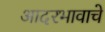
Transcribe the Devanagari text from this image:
आदरभावाचे